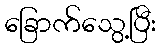
ခြောက်သွေ့ပြီး